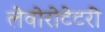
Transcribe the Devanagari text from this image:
लेवोरोटेटरी